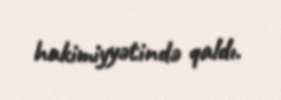
hakimiyyətində qaldı.